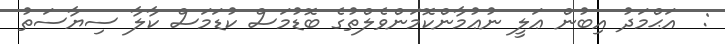
:  އަޙްމަދު އިބުން ޢަލީ ނުޢުމާންކޮމަންވެލްތުގެ ބޮޑުމަސް ކުޑަމަސް ކާލާ ސިޔާސަތު